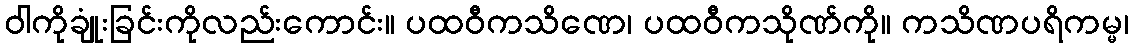
ဝါကိုချုံးခြင်းကိုလည်းကောင်း။ ပထဝီကသိဏေ၊ ပထဝီကသိုဏ်ကို။ ကသိဏပရိကမ္မ၊